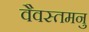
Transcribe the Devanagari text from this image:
वैवस्तमनु